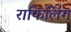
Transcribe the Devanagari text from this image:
राफिलिंग